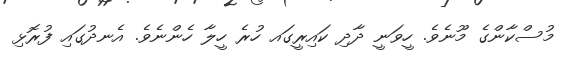
މުސްކާންގެ މޫނެވެ. ހީވަނީ ދާދި ކައިރީގައ ހުރެ ހީލާ ހެންނެވެ. އެނދުގައި ފުރޮޅި